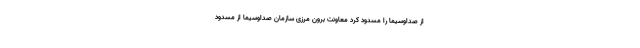
از صداوسیما را مسدود کرد معاونت برون مرزی سازمان صداوسیما از مسدود